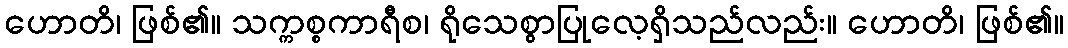
ဟောတိ၊ ဖြစ်၏။ သက္ကစ္စကာရီစ၊ ရိုသေစွာပြုလေ့ရှိသည်လည်း။ ဟောတိ၊ ဖြစ်၏။